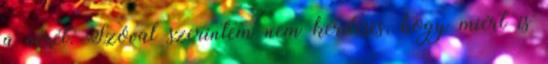
a vérét. Szóval szerintem nem kérdéses, hogy miért is